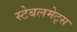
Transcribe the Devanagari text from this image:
स्टेबलमेट्स